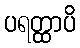
ပရတ္ထာပိ